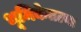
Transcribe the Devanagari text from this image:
भूमिकेतल्या